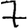
Digit: 7